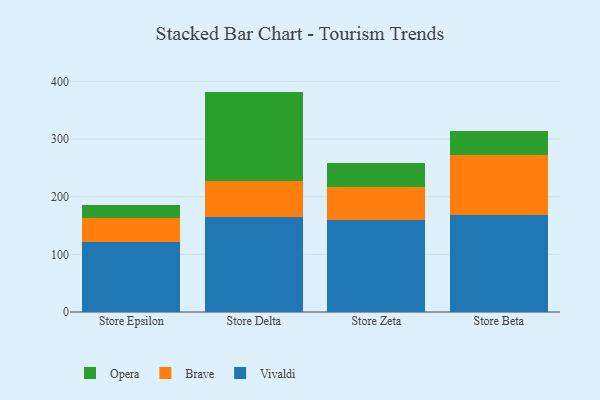
{"axis": {"x": "Store", "y": "Revenue (USD Million)"}, "legend": ["Brave", "Opera", "Vivaldi"], "data": [{"x": "Store Epsilon", "y": 121.5, "type": "Vivaldi"}, {"x": "Store Epsilon", "y": 40.9, "type": "Brave"}, {"x": "Store Epsilon", "y": 23.4, "type": "Opera"}, {"x": "Store Delta", "y": 164.8, "type": "Vivaldi"}, {"x": "Store Delta", "y": 63.0, "type": "Brave"}, {"x": "Store Delta", "y": 154.5, "type": "Opera"}, {"x": "Store Zeta", "y": 158.8, "type": "Vivaldi"}, {"x": "Store Zeta", "y": 57.5, "type": "Brave"}, {"x": "Store Zeta", "y": 42.6, "type": "Opera"}, {"x": "Store Beta", "y": 167.4, "type": "Vivaldi"}, {"x": "Store Beta", "y": 105.5, "type": "Brave"}, {"x": "Store Beta", "y": 41.9, "type": "Opera"}]}